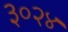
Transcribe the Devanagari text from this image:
३०२४